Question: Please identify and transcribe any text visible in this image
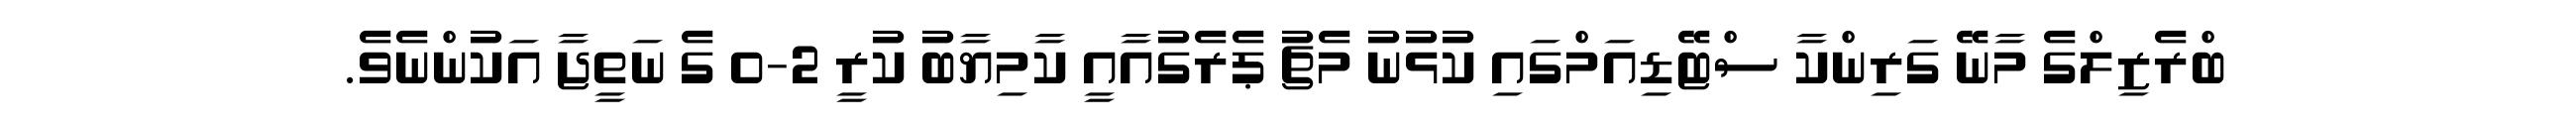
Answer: ބްރެޒިލްގެ މާނޭ ގަރިންކާ ސްޓޭޑިއަމްގައި ކުޅުނު މެޗު ޕެރެގުއާއީ ކާމިޔާބު ކުރީ 2-0 ގެ ނަތީޖާ އަކުންނެވެ.